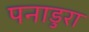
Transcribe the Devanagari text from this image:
पनाडुरा